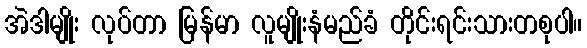
အဲဒါမျိုး လုပ်တာ မြန်မာ လူမျိုးနံမည်ခံ တိုင်းရင်းသားတစုပါ။